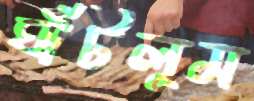
ঘাঁটলুম